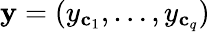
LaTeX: \mathbf{y}=(y_{\mathbf{c}_{1}},\dots,y_{\mathbf{c}_{q}})